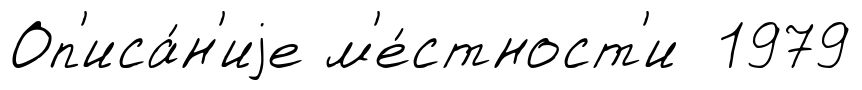
Оп'иса́н'иjе м'е́стност'и 1979